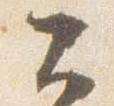
公